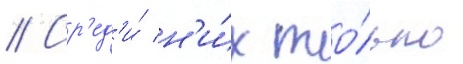
// Ср'ед'и́ н'и́х то́лько